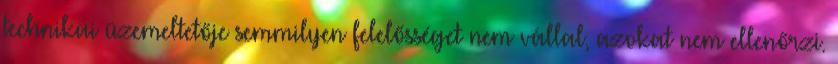
technikai üzemeltetője semmilyen felelősséget nem vállal, azokat nem ellenőrzi.